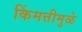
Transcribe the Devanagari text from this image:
किंमत्तीमुळे